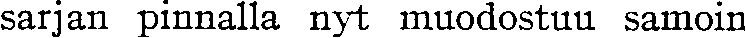
sarjan pinnalla nyt muodostuu samoin